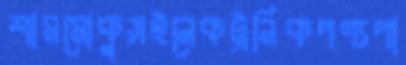
শামমোকুসইলেকট্রনিকপণ্যপা